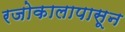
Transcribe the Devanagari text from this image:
रजोकालापासून